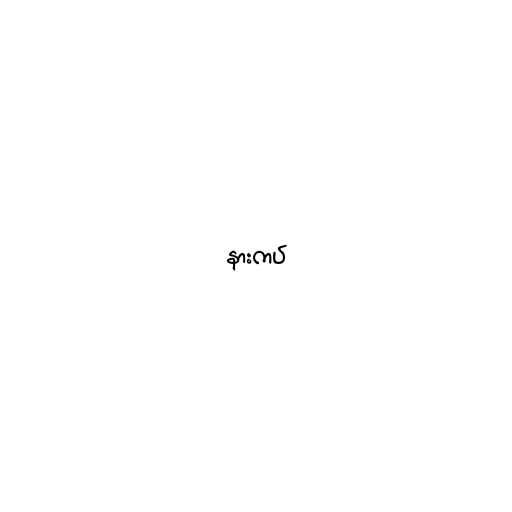
နားကပ်